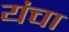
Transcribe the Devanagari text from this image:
यंचा